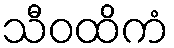
သီဝထိကံ